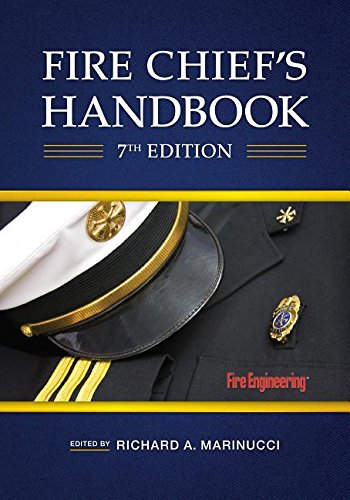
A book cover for Fire Chief's Handbook; Richard A. Marinucci; Law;